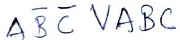
Text: ABCVABC